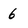
Character: 6